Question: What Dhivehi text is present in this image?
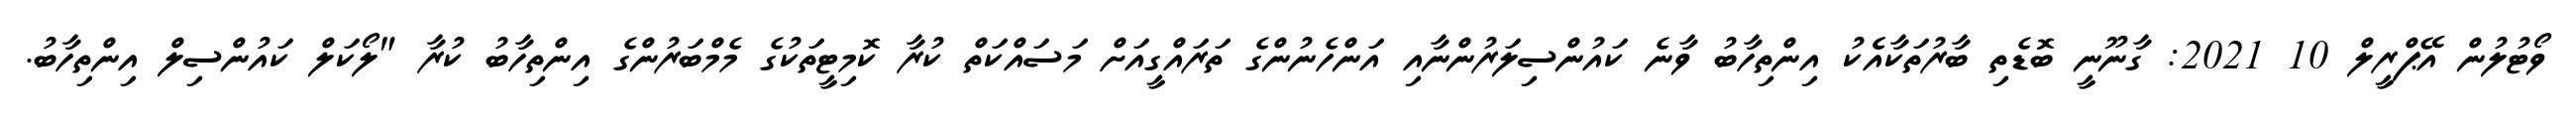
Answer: ވޯޓުލުން އޭޕްރީލް 10 2021: ގާނޫނީ ބޮޑެތި ބާރުތަކާއެެކު އިންތިހާބު ވާނެ ކައުންސިލަރުންނާއި އަންހެނުންގެ ތަރައްގީއަށް މަސައްކަތް ކުރާ ކޮމިޓީތަކުގެ މެމްބަރުންގެ އިންތިހާބު ކުރާ "ލޯކަލް ކައުންސިލް އިންތިހާބު.